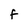
Character: F